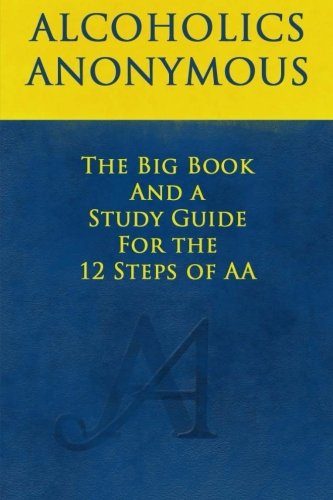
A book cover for The Big Book and A Study Guide of the 12 Steps of AA; Bill Wilson; Health, Fitness & Dieting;